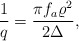
\begin{align*}\frac{1}{q}=\frac{\pi f_a\varrho^2}{2\Delta},\end{align*}